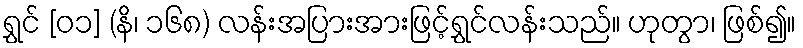
ရွှင် [၀၁] (နိ၊ ၁၆၈) လန်းအပြားအားဖြင့်ရွှင်လန်းသည်။ ဟုတွာ၊ ဖြစ်၍။